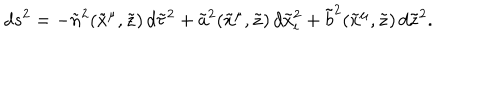
d s ^ { 2 } = - { \tilde { n } } ^ { 2 } ( { \tilde { x } } ^ { \mu } , { \tilde { z } } ) \, d { \tilde { \tau } } ^ { 2 } + { \tilde { a } } ^ { 2 } ( { \tilde { x } } ^ { \mu } , { \tilde { z } } ) \, d { \tilde { x } } _ { i } ^ { 2 } + { \tilde { b } } ^ { 2 } ( { \tilde { x } } ^ { \mu } , { \tilde { z } } ) \, d { \tilde { z } } ^ { 2 } .